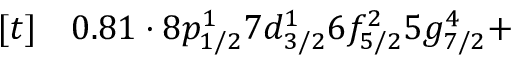
\begin{array} { r l } { [ t ] } & { { } 0 . 8 1 \cdot 8 p _ { 1 / 2 } ^ { 1 } 7 d _ { 3 / 2 } ^ { 1 } 6 f _ { 5 / 2 } ^ { 2 } 5 g _ { 7 / 2 } ^ { 4 } + } \end{array}